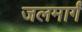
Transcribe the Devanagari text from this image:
जलमार्गं